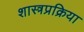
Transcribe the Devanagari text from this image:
शास्त्रप्रक्रिया